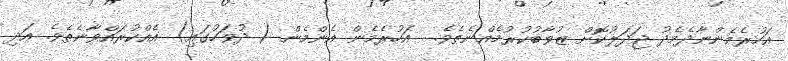
އަހުރެމެންނާދެމެދު ޖަދަލުކޮށް ޒުވާބުކުރުމެއްނެތެވެ.  އަހުރެމެން އެންމެން ( ދުވަހުގައި) އެއްކުރައްވާނެތެވެ. އަދި